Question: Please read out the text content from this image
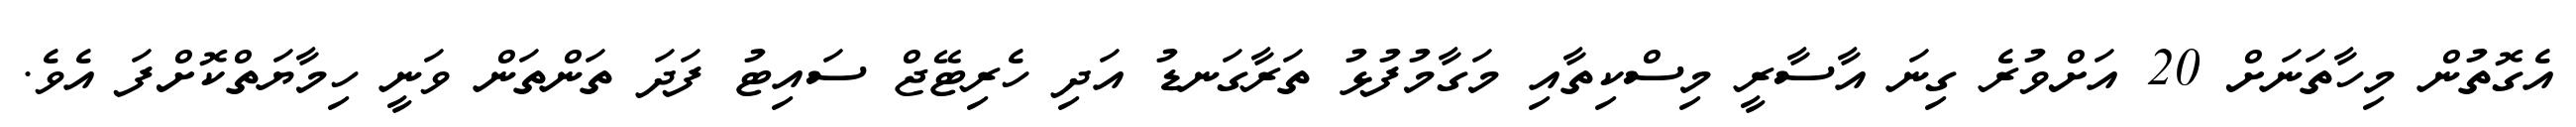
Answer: އެގޮތުން މިހާތަނަށް 20 އަށްވުރެ ގިނަ އާސާރީ މިސްކިތާއި މަގާމުފުޅު ތަރާގަނޑު އަދި ހެރިޓޭޖް ސައިޓު ފަދަ ތަންތަން ވަނީ ހިމާޔަތްކޮށްފަ އެވެ.